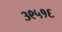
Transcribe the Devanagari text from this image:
३९५१६